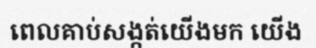
ពេលគាប់សង្កត់យើងមក យើង